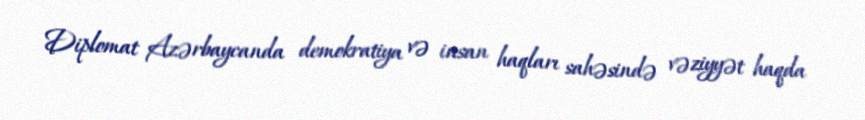
Diplomat Azərbaycanda demokratiya və insan haqları sahəsində vəziyyət haqda